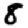
Digit: 8